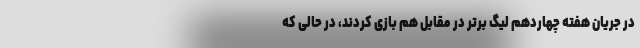
در جریان هفته چهاردهم لیگ برتر در مقابل هم بازی کردند، در حالی که